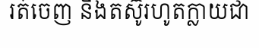
រត់ចេញ និងតស៊ូរហូតក្លាយជា